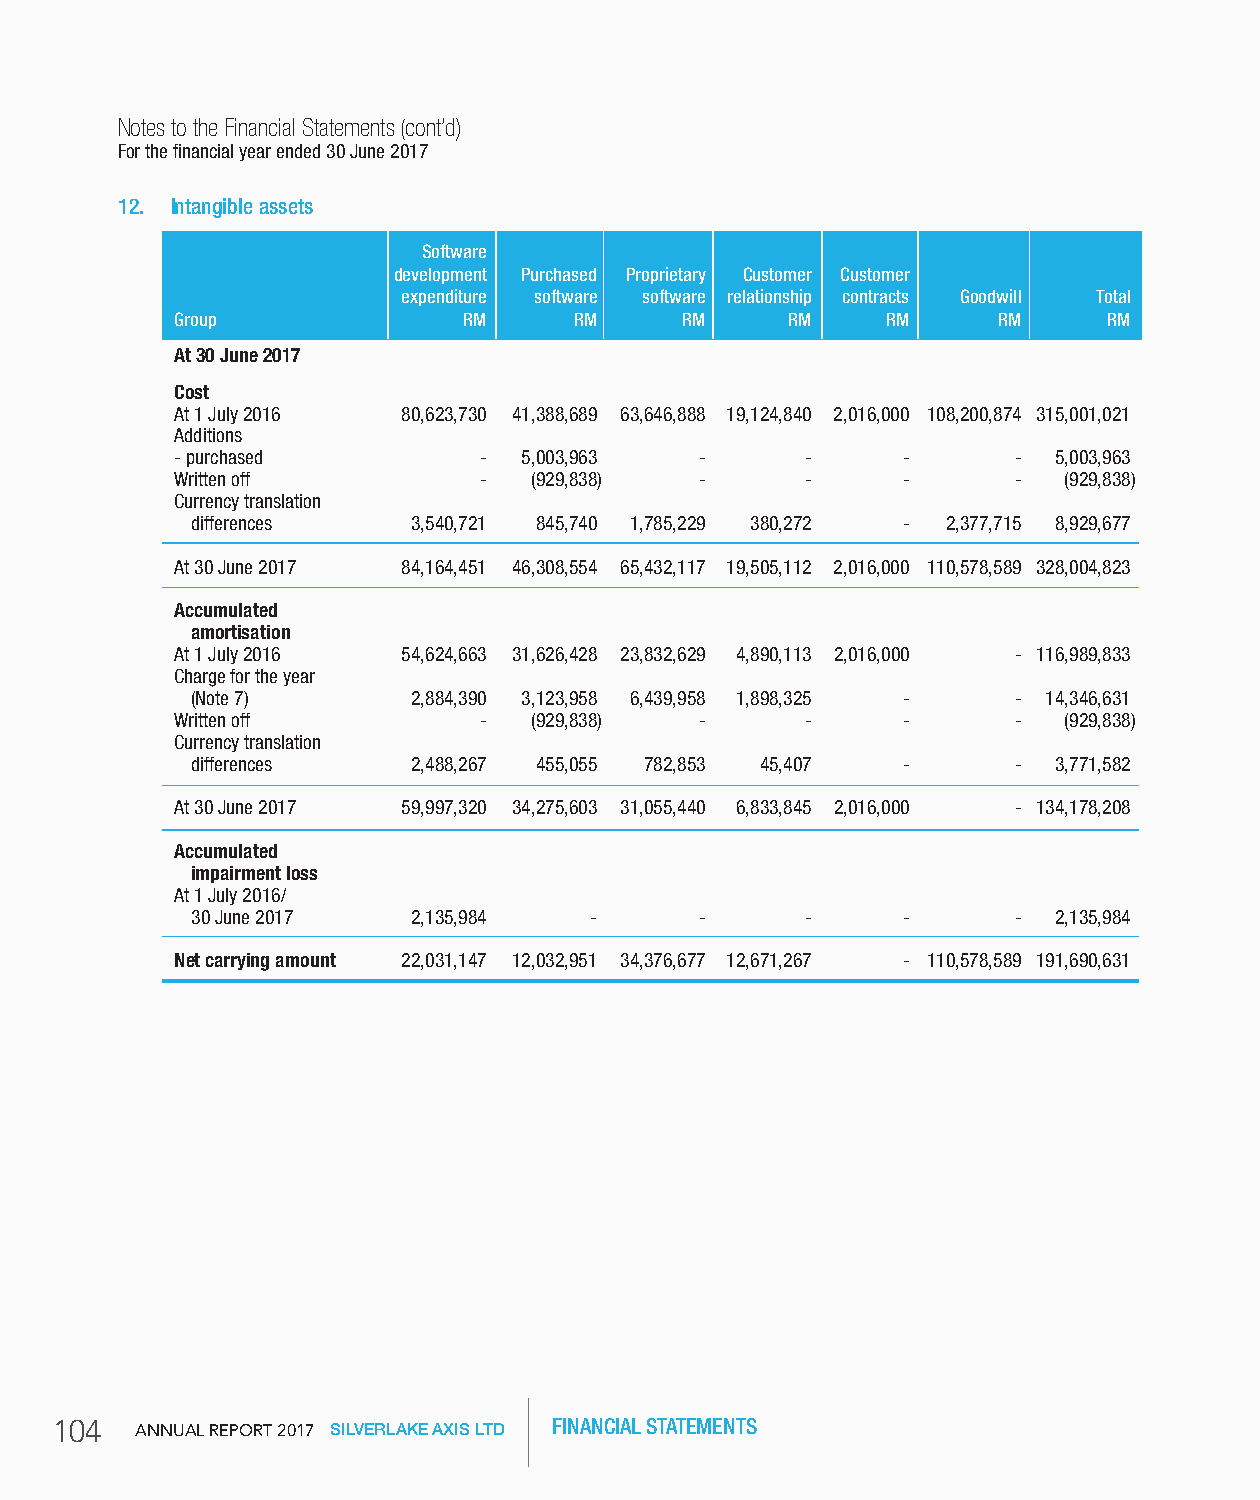
Notes to the Financial Statements (cont’d)
 For the financial year ended 30 June 2017
 12. Intangible assets
 Software
 development Purchased Proprietary Customer Customer
 expenditure software software relationship contracts goodwill Total
 group              rM     rM     rM     rM     rM     rM     rM
 At 30 June 2017
 Cost
 At 1 July 2016 80,623,730 41,388,689 63,646,888 19,124,840 2,016,000 108,200,874 315,001,021
 Additions
 - purchased         -  5,003,963  -      -      -      -  5,003,963
 Written off         -  (929,838)  -      -      -      -  (929,838)
 Currency translation
 differences   3,540,721 845,740 1,785,229 380,272 - 2,377,715 8,929,677
 At 30 June 2017 84,164,451 46,308,554 65,432,117 19,505,112 2,016,000 110,578,589 328,004,823
 Accumulated
 amortisation
 At 1 July 2016 54,624,663 31,626,428 23,832,629 4,890,113 2,016,000 - 116,989,833
 Charge for the year
 (Note 7)      2,884,390 3,123,958 6,439,958 1,898,325 - - 14,346,631
 Written off         -  (929,838)  -      -      -      -  (929,838)
 Currency translation
 differences   2,488,267 455,055 782,853 45,407 -      -  3,771,582
 At 30 June 2017 59,997,320 34,275,603 31,055,440 6,833,845 2,016,000 - 134,178,208
 Accumulated
 impairment loss
 At 1 July 2016/
 30 June 2017  2,135,984   -      -      -      -      -  2,135,984
 net carrying amount 22,031,147 12,032,951 34,376,677 12,671,267 - 110,578,589 191,690,631
 104   AnnuAl RepoRt 2017 SILVERLAKE AXIS LTD FINANCIAL STATEMENTS